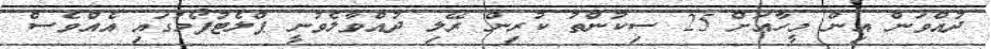
ދުއްވަން އިން މީހާއަށް 25 ސިކުންތު ކުރިން ރޭލި ދުއްވާލެވުނީ ޕްލެޓުފޯމުގައި އެއްވެސް